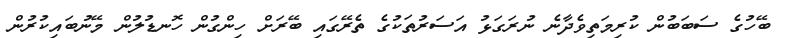
ބޭހުގެ ސަބަބުން ކުރިމަތިވެދާނެ ނުރަގަޅު އަސަރުތަކުގެ ތެރޭގައި ބޭރަށް ހިންގުން ހޮނޑުލުން މޭނުބައިކުރުން